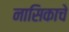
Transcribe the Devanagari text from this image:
नासिकाचे